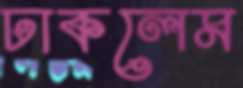
ঢাকলেম